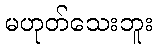
မဟုတ်သေးဘူး